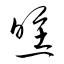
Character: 曛